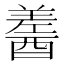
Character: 𨢚